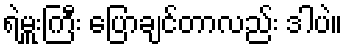
ရဲမှူးကြီး ပြောချင်တာလည်း ဒါပဲ။